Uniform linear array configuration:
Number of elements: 32
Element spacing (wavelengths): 0.25
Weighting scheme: uniform
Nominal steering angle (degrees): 30
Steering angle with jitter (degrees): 28.215
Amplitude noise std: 0.05
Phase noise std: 0.05

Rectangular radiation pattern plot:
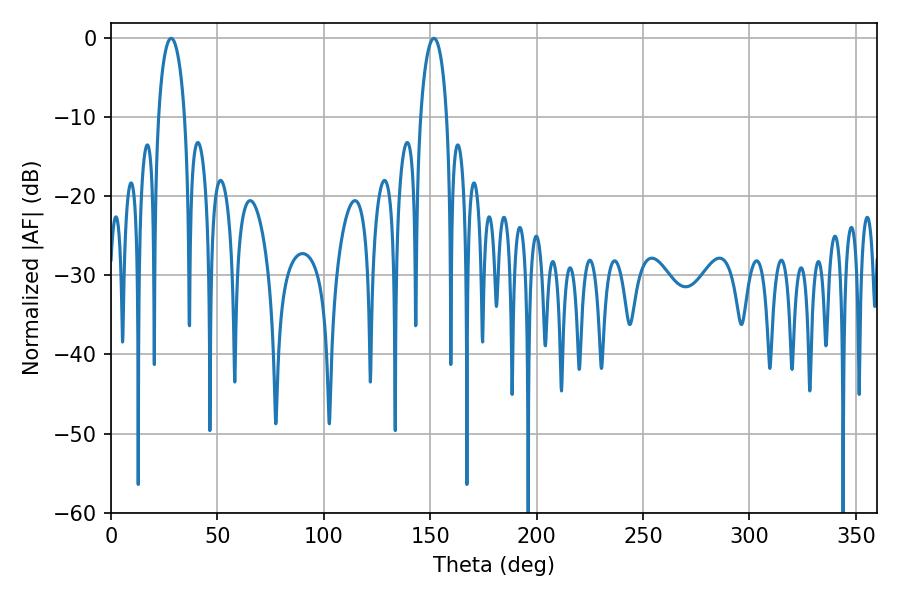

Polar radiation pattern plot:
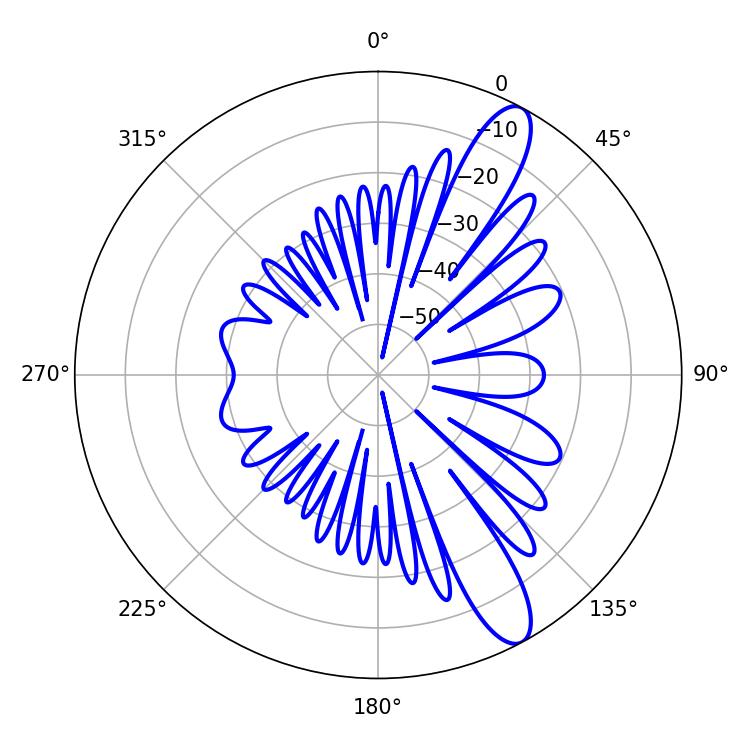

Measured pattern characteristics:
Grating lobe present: FALSE
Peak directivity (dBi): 11.754
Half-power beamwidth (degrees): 7.02
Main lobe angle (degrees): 28.26